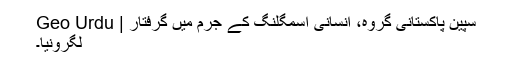
سپین پاکستانی گروہ، انسانی اسمگلنگ کے جرم میں گرفتار | Geo Urdu
لگرونیا۔